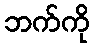
ဘက်ကို